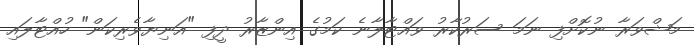
މަޝްވަރާ ނުކޮށްފި ނަމަ ސަރުކާރު ވައްޓާލާނެ ކަމުގެ އިންޒާރު ދީފި "އަނިޔާވެރިކަން" ހުއްޓާލައި